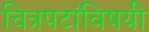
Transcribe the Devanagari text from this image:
चित्रपटांविषयी